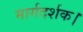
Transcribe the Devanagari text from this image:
मार्गदर्शक।